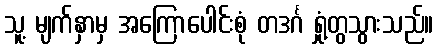
သူ့ မျက်နှာမှ အကြောပေါင်းစုံ တဒင်္ဂ ရှုံ့တွသွားသည်။